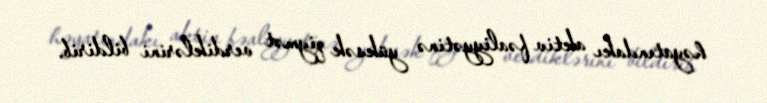
həyatındakı aktiv fəaliyyətinə yüksək qiymət verdiklərini bildirib.